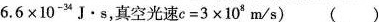
6 . 6 \times 1 0 ^ { - 3 4 } J · s$$，真空光速$$c = 3 \times 1 0 ^ { 8 } m / s$$) ( )